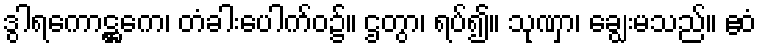
ဒွါရကောဋ္ဌကေ၊ တံခါးပေါက်ဝ၌။ ဌတွာ၊ ရပ်၍။ သုဏှာ၊ ချွေးမသည်။ ဧဝံ